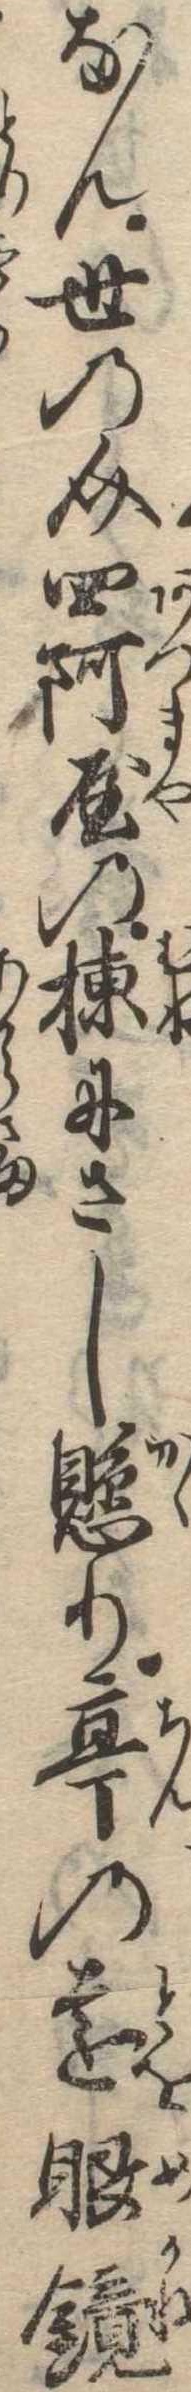
なん世乃介四阿屋の棟にさし懸り亭の遠眼鏡